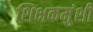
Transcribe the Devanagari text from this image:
शिक्षकमुंशी